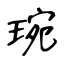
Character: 琬